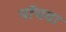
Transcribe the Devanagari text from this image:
पॉचवा